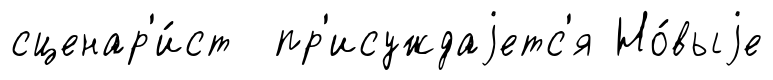
сценар'и́ст пр'исуждаjетс'я Но́выjе